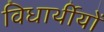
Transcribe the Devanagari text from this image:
विधार्थीयों